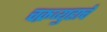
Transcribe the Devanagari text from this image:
चक्रव्युहाचे